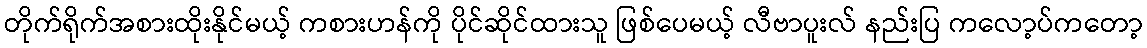
တိုက်ရိုက်အစားထိုးနိုင်မယ့် ကစားဟန်ကို ပိုင်ဆိုင်ထားသူ ဖြစ်ပေမယ့် လီဗာပူးလ် နည်းပြ ကလော့ပ်ကတော့